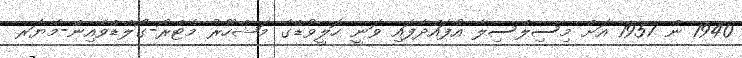
1940 ން 1957 އަށް މިސިލްސިލާ އުފައްދާފައި ވަނީ ހޮލީވުޑްގެ މަޝްހޫރު މެޓްރޯ-ގޯލްޑްވެއިން-މޭޔަރ